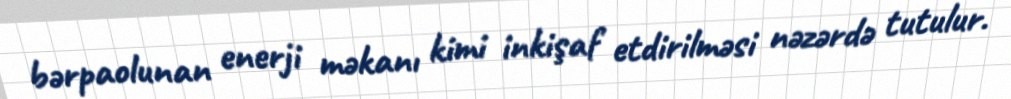
bərpaolunan enerji məkanı kimi inkişaf etdirilməsi nəzərdə tutulur.